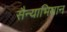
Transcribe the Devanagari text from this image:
सैन्याभियान